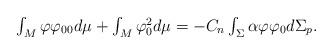
LaTeX: \begin{align*}\begin{array}{c}\int_{M}\varphi \varphi _{00}d\mu +\int_{M}\varphi _{0}^{2}d\mu=-C_{n}\int_{\Sigma }\alpha \varphi \varphi _{0}d\Sigma _{p}.\end{array}\end{align*}